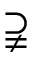
\supsetneqq